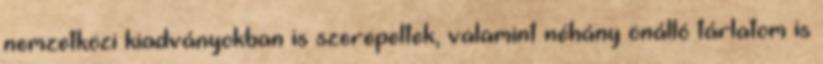
nemzetközi kiadványokban is szerepeltek, valamint néhány önálló tárlatom is